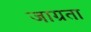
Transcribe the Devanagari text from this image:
जाग्रता